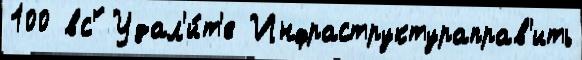
100 вс'́ Удал'и́т'е Инфраструктураправ'ить